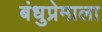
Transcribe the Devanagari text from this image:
बंधुप्रेमाला